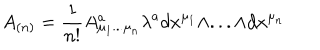
A _ { ( n ) } = { \frac { 1 } { n ! } } A _ { \mu _ { 1 } . . . \mu _ { n } } ^ { a } \lambda ^ { a } d x ^ { \mu _ { 1 } } \wedge . . . \wedge d x ^ { \mu _ { n } }